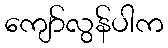
ကျော်လွန်ပါက